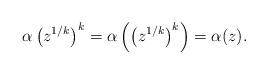
LaTeX: \begin{align*}\alpha\left(z^{1/k} \right)^k = \alpha \left( \left(z^{1/k} \right)^k\right) = \alpha(z).\end{align*}